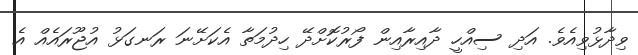
ވިދާޅުވިއެވެ. އަދި ސިއްހީ ދާއިރާއިން ފޯރުކޮށްދޭ ހިދުމަތާ އެކަށޭނަ ރަނގަޅު އުޖޫރައެއް އެ